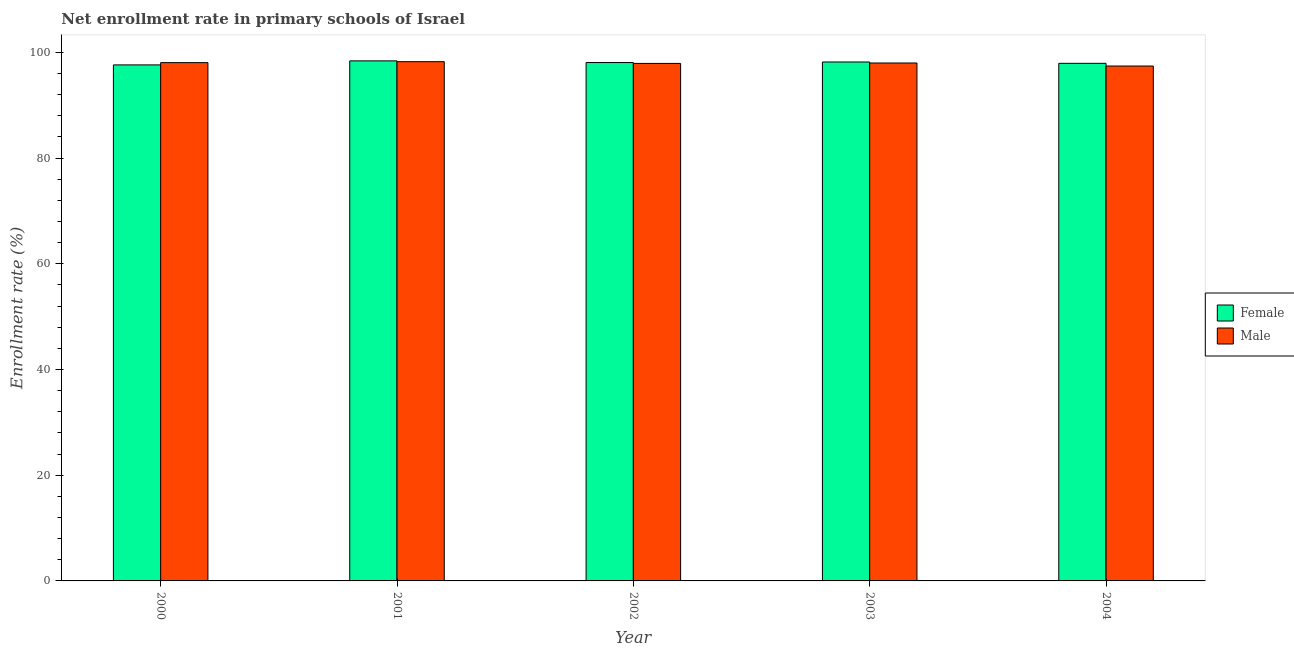
| Year | Female | Male |
 | --- | --- | --- |
 | 2000 | 97.6 | 98.1 |
 | 2001 | 98.4 | 98.2 |
 | 2002 | 98.1 | 97.9 |
 | 2003 | 98.2 | 98 |
 | 2004 | 97.9 | 97.4 |